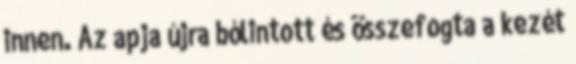
innen. Az apja újra bólintott és összefogta a kezét